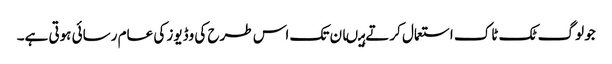
جو لوگ ٹک ٹاک استعمال کرتے ہیںان تک اس طرح کی وڈیوز کی عام رسائی ہوتی ہے۔